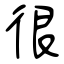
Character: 很